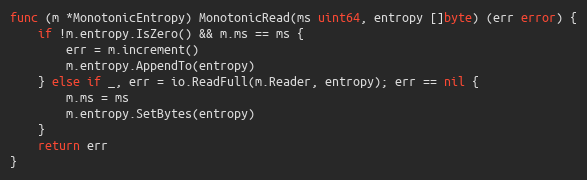
Language: Go
func (m *MonotonicEntropy) MonotonicRead(ms uint64, entropy []byte) (err error) {
	if !m.entropy.IsZero() && m.ms == ms {
		err = m.increment()
		m.entropy.AppendTo(entropy)
	} else if _, err = io.ReadFull(m.Reader, entropy); err == nil {
		m.ms = ms
		m.entropy.SetBytes(entropy)
	}
	return err
}